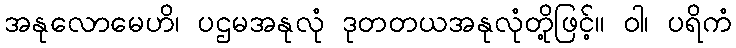
အနုလောမေဟိ၊ ပဌမအနုလုံ ဒုတတယအနုလုံတို့ဖြင့်။ ဝါ၊ ပရိကံ